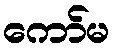
ကော်မ